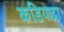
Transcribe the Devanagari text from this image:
कडियाद्रा